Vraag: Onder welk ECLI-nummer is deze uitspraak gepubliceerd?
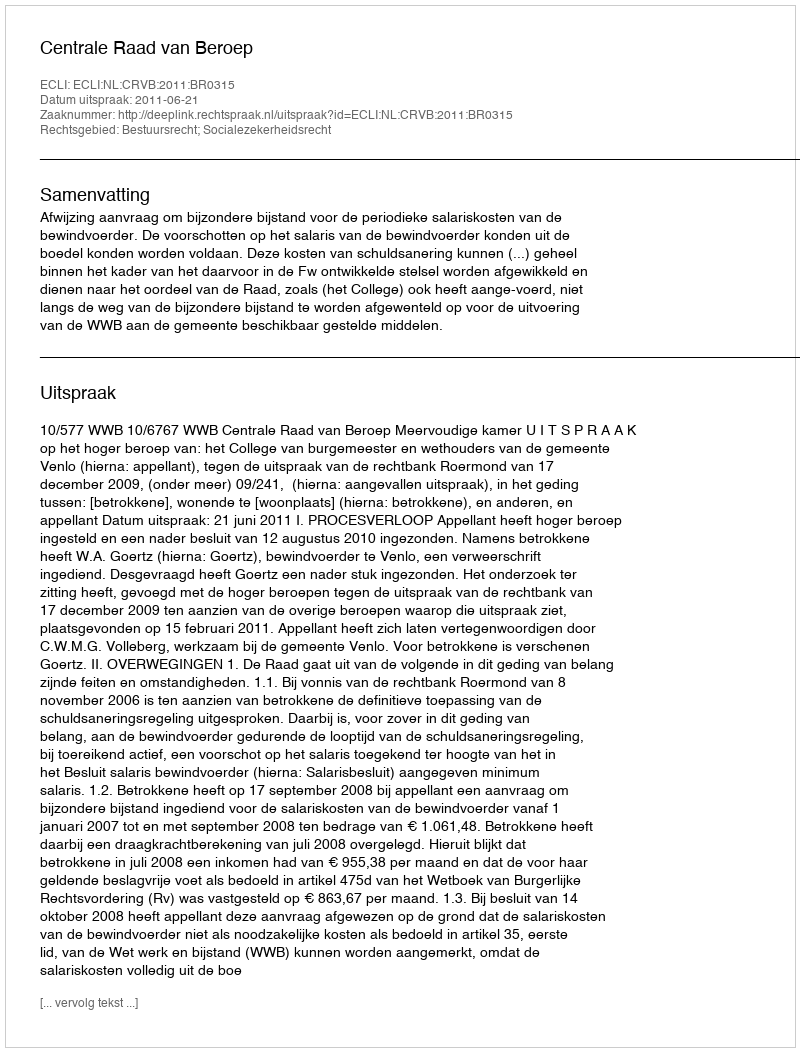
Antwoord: ECLI:NL:CRVB:2011:BR0315